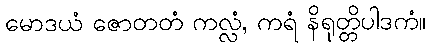
မောဒယံ ဇောတတံ ကလ္လံ, ကရံ နိရုတ္တိပါဒကံ။